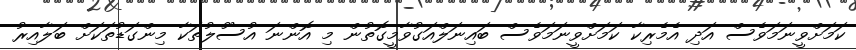
ކަމަށްވީނަމަވެސް އަދި އެމެރިކާ ކަމަށްވީނަމަވެސް ބައިނަލްއަގުވާމީގޮތުން މި އޮންނަ އުސޫލުތަކާ މިންގަޑުތަކަށް ބަލާއިރު